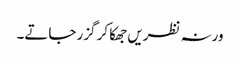
ورنہ نظریں جھکا کر گزر جاتے۔